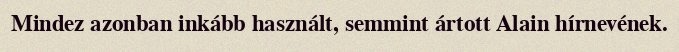
Mindez azonban inkább használt, semmint ártott Alain hírnevének.